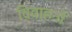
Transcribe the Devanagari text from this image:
विवाहनों